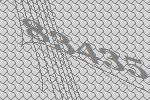
83435